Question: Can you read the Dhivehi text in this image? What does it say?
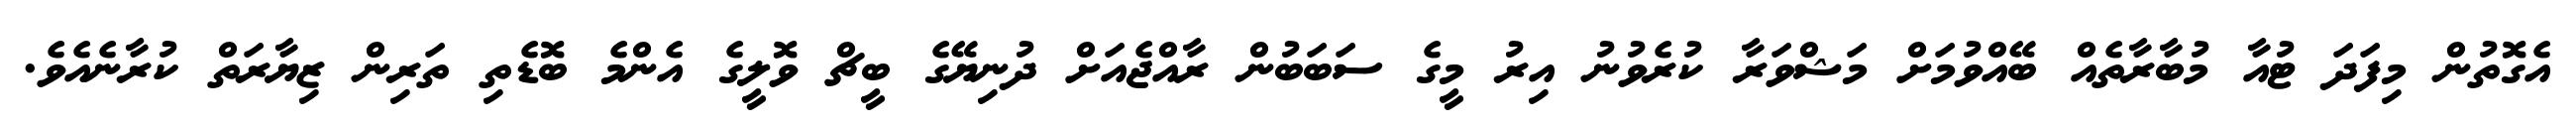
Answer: އެގޮތުން މިފަދަ ޓުއާ މުބާރާތެއް ބޭއްވުމަށް މަޝްވަރާ ކުރެވުނު އިރު މީގެ ސަބަބުން ރާއްޖެއަށް ދުނިޔޭގެ ބީޗް ވޮލީގެ އެންމެ ބޮޑެތި ތަރިން ޒިޔާރަތް ކުރާނެއެވެ.